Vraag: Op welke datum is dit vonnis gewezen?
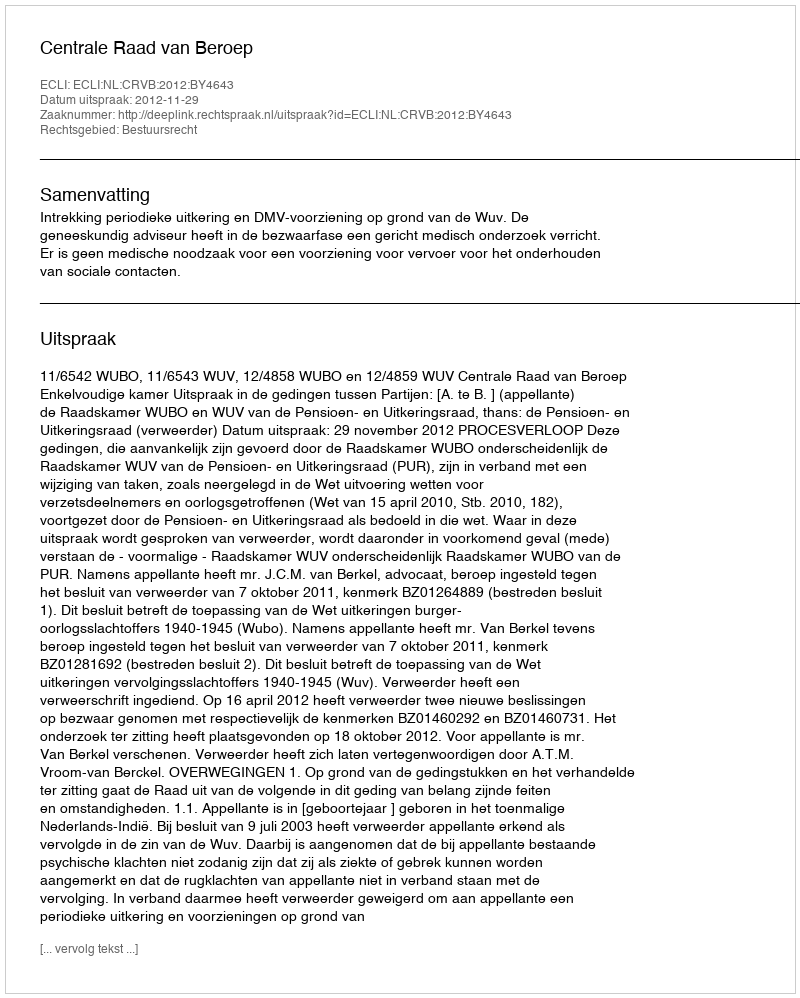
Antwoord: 2012-11-29